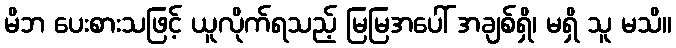
မိဘ ပေးစားသဖြင့် ယူလိုက်ရသည့် မြမြအပေါ် အချစ်ရှိ၊ မရှိ သူ မသိ။